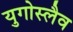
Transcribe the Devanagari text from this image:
युगोस्लैव